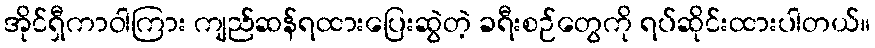
အိုင်ရှီကာဝါကြား ကျည်ဆန်ရထားပြေးဆွဲတဲ့ ခရီးစဉ်တွေကို ရပ်ဆိုင်းထားပါတယ်။